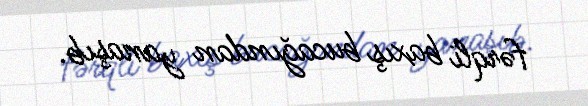
fərqli baxış bucağından yanaşıb.